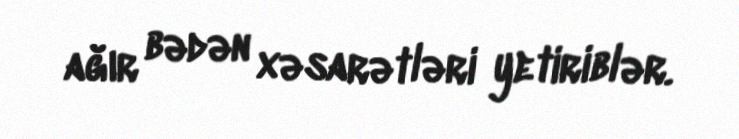
ağır bədən xəsarətləri yetiriblər.